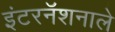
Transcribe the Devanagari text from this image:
इंटरनॅशनाले